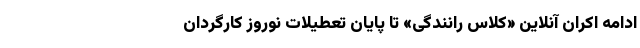
ادامه اکران آنلاین «کلاس رانندگی» تا پایان تعطیلات نوروز کارگردان